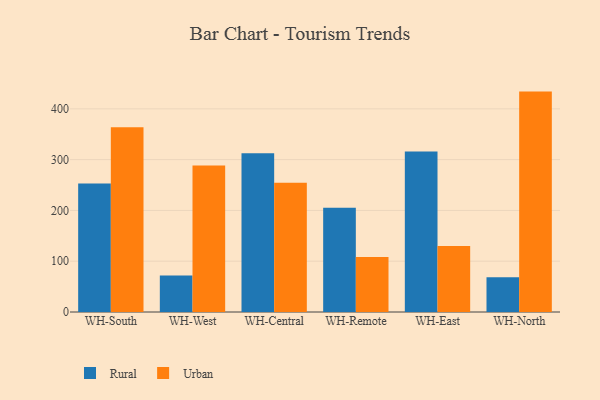
{"axis": {"x": "Warehouse", "y": "Temperature (°C)"}, "legend": ["Rural", "Urban"], "data": [{"x": "WH-South", "y": 252.8, "type": "Rural"}, {"x": "WH-South", "y": 363.9, "type": "Urban"}, {"x": "WH-West", "y": 71.7, "type": "Rural"}, {"x": "WH-West", "y": 288.2, "type": "Urban"}, {"x": "WH-Central", "y": 312.5, "type": "Rural"}, {"x": "WH-Central", "y": 254.4, "type": "Urban"}, {"x": "WH-Remote", "y": 205.2, "type": "Rural"}, {"x": "WH-Remote", "y": 108.5, "type": "Urban"}, {"x": "WH-East", "y": 316.1, "type": "Rural"}, {"x": "WH-East", "y": 129.8, "type": "Urban"}, {"x": "WH-North", "y": 68.2, "type": "Rural"}, {"x": "WH-North", "y": 433.9, "type": "Urban"}]}